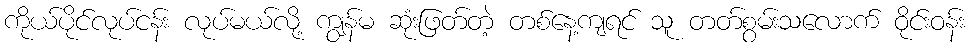
ကိုယ်ပိုင်လုပ်ငန်း လုပ်မယ်လို့ ကျွန်မ ဆုံးဖြတ်တဲ့ တစ်နေ့ကျရင် သူ တတ်စွမ်းသလောက် ဝိုင်းဝန်း